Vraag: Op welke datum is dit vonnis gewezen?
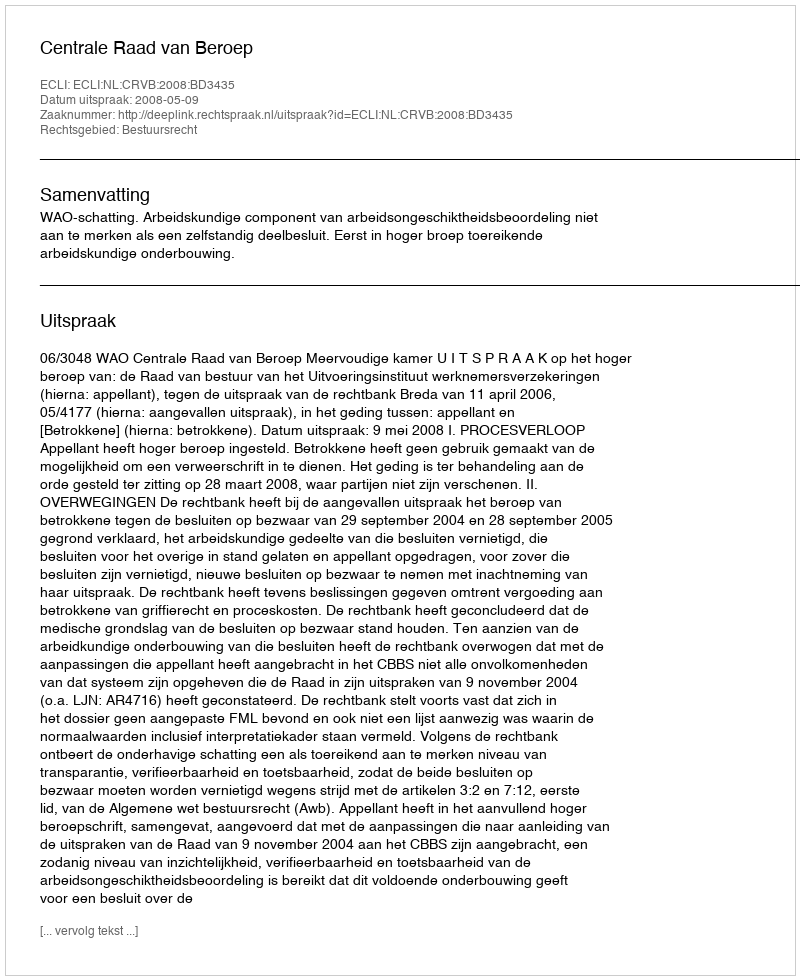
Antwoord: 2008-05-09